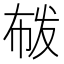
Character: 𭘟